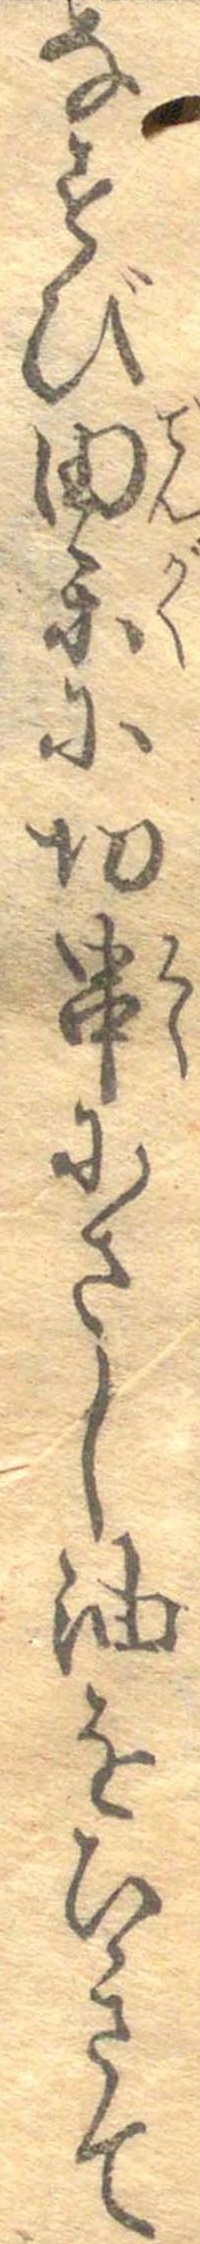
なすび田楽に切串にさし油をひきて